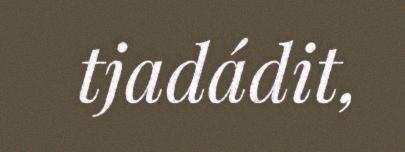
tjadádit,